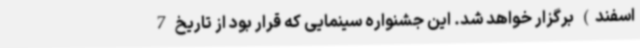
اسفند) برگزار خواهد شد. این جشنواره سینمایی که قرار بود از تاریخ 7